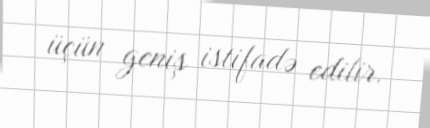
üçün geniş istifadə edilir.